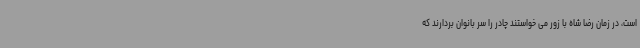
است، در زمان رضا شاه با زور می خواستند چادر را سر بانوان بردارند که